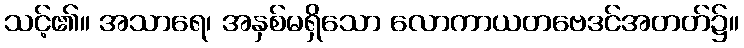
သင့်၏။ အသာရေ၊ အနှစ်မရှိသော လောကာယတဗေဒင်အတတ်၌။